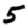
Digit: 5